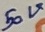
Text: 50V